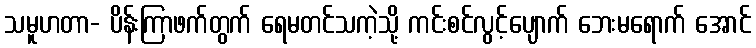
သမူဟတာ- ပိန်းကြာဖက်တွက် ရေမတင်သကဲ့သို့ ကင်းစင်လွင့်ပျောက် ဘေးမရောက် အောင်